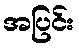
အပြင်း